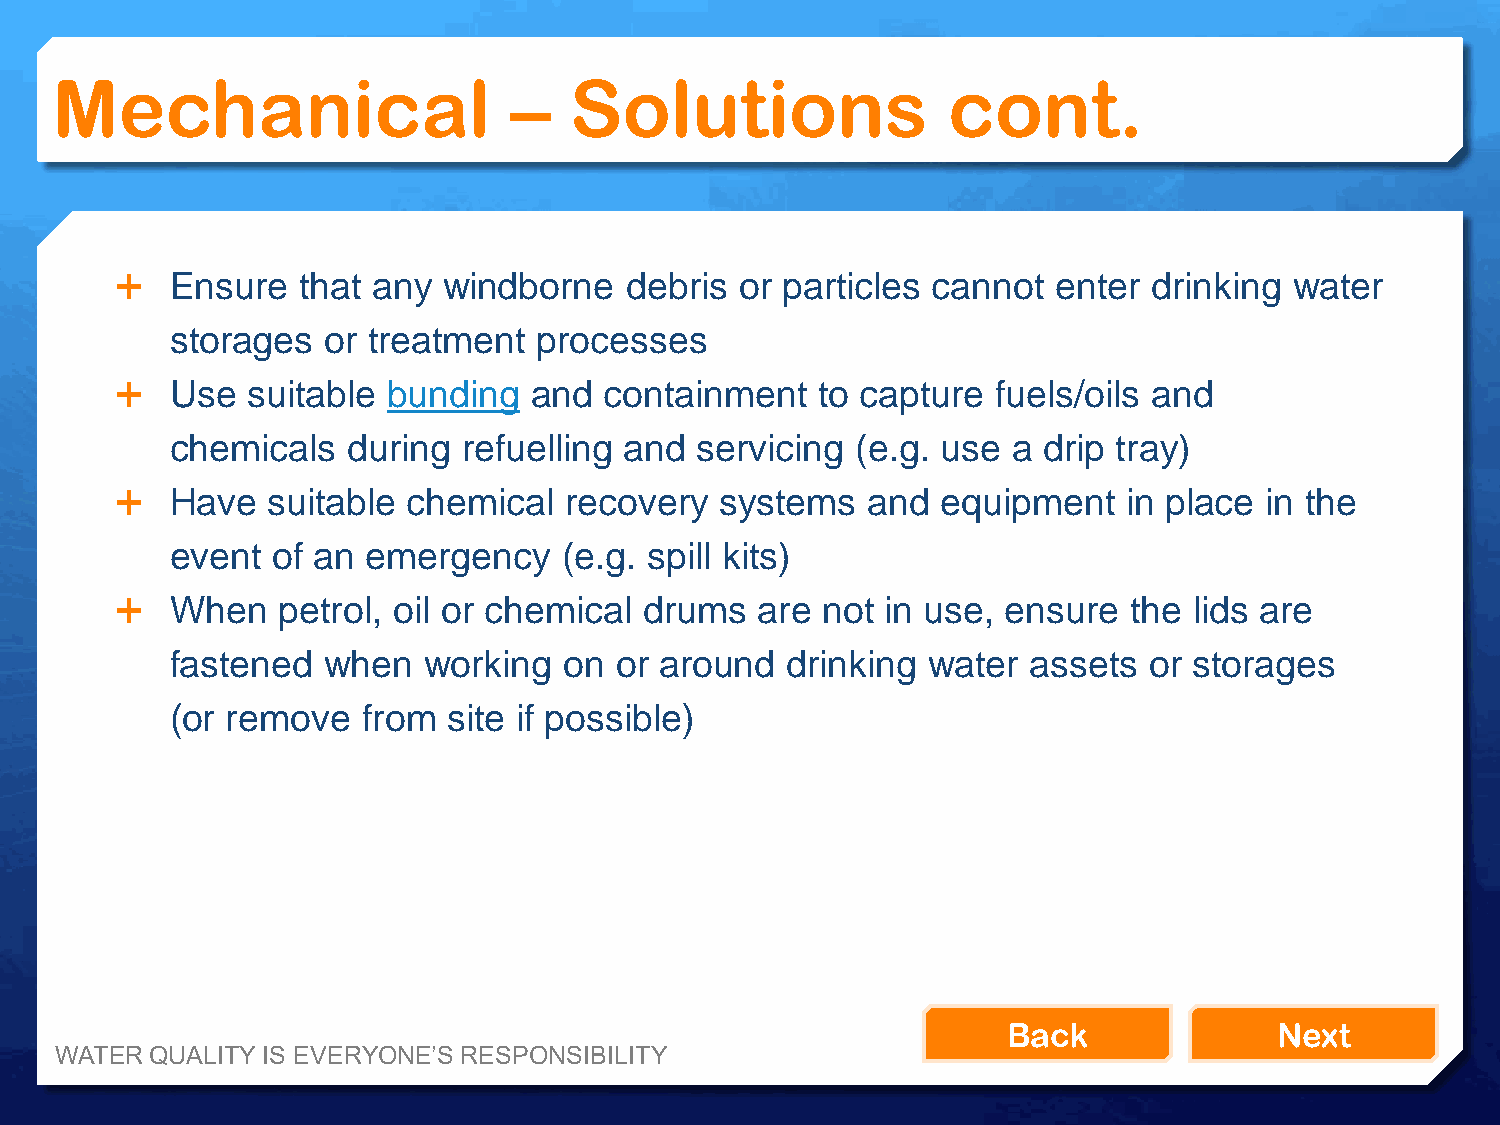
Mechanical                     –   Solutions                cont.
   Ensure   that any windborne   debris  or particles cannot  enter drinking  water
 storages  or treatment   processes
   Use  suitable  bunding  and  containment   to capture  fuels/oils and
 chemicals   during  refuelling and servicing  (e.g. use a drip tray)
   Have   suitable chemical  recovery   systems  and  equipment    in place in the
 event  of an emergency    (e.g. spill kits)
   When   petrol, oil or chemical  drums  are not  in use, ensure  the lids are
 fastened  when   working  on  or around  drinking water  assets  or storages
 (or remove   from  site if possible)
 Back              Next
 WATER QUALITY IS EVERYONE’S RESPONSIBILITY